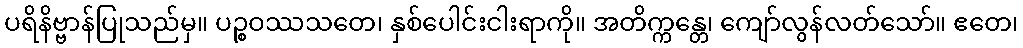
ပရိနိဗ္ဗာန်ပြုသည်မှ။ ပဉ္စဝဿသတေ၊ နှစ်ပေါင်းငါးရာကို။ အတိက္ကန္တေ၊ ကျော်လွန်လတ်သော်။ ဧတေ၊